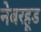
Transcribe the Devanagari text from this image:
नेबरहूड